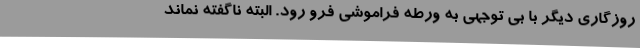
روزگاری دیگر با بی توجهی به ورطه فراموشی فرو رود. البته ناگفته نماند